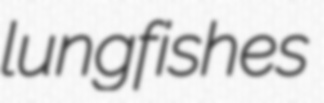
lungfishes